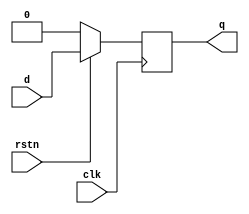
module Sdff(
	input d,rstn,clk,
	output reg q
);

always@(posedge clk)
	if (!rstn )
		q<=0;
	else
		q<=d;
endmodule